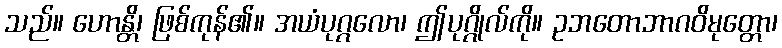
သည်။ ဟောန္တိ၊ ဖြစ်ကုန်၏။ အယံပုဂ္ဂလော၊ ဤပုဂ္ဂိုလ်ကို။ ဥဘတောဘာဂဝိမုတ္တော၊